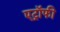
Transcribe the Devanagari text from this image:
एट्रॉफी